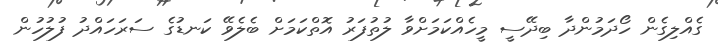
ގެއްލިގެން ހޯދަމުންދާ ބިދޭސީ މީހެއްކަމަށްވާ ލުތުފަރު އޮތްކަމަށް ބެލެވޭ ކަނޑުގެ ސަރަހައްދު ފުލުހުން